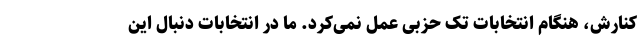
کنارش، هنگام انتخابات تک حزبی عمل نمی‌کرد. ما در انتخابات دنبال این